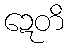
ဍေတိ